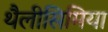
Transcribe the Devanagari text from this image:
थैलीसिमिया